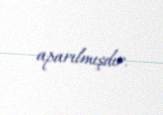
aparılmışdır.